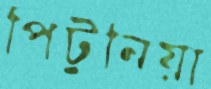
পিটুনিয়া